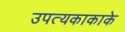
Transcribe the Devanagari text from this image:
उपत्यकाकाके